Indian journal of veterinary science and animal husbandry - Volume 1,
Year: 1931
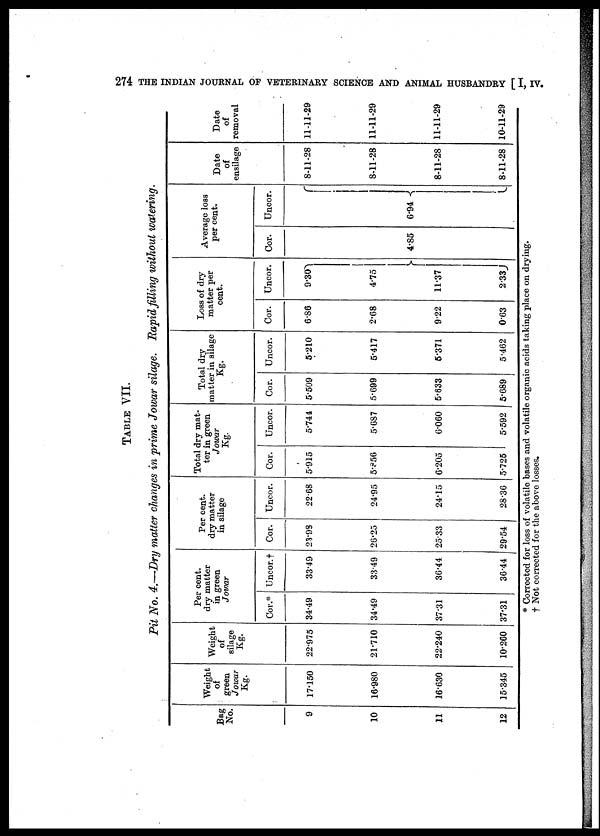
274 THE INDIAN JOURNAL OF VETERINARY SCIENCE AND ANIMAL HUSBANDRY [ I, IV.
TABLE VII.
Pit No. 4.—Dry matter changes in prime Jowar silage. Rapid filling without watering.
Bag
No.
9
10
11
12
Weight
of
green
Jowar
Kg.
17.150
16.980
16.630
15.345
Weight
of
silage
Kg.
22.975
21.710
22.240
10.260
Per cent.
dry matter
in green
Jowar
Cor.*
34.49
34.49
37.31
37.31
Uncor. †
33.49
33.49
36.44
36.44
Per cent.
dry matter
in silage
Cor.
23.98
26.25
25.33
29.54
Uncor.
22.68
24.95
24.15
28.36
Total dry mat-
ter in green
Jowar
Kg.
Cor.
5.915
5.856
6.205
5.725
Uncor.
5.744
5.687
6.060
5.592
Total dry
matter in silage
Kg.
Cor.
5.509
5.699
5.633
5.689
Uncor.
5.210
5.417
5.371
5.462
Loss of dry
matter per
cent.
Cor.
6.86
2.68
9.22
0.63
Uncor.
9.30
4.75 }
11.37
2.33
Average loss
per cent.
Cor.
4.85
Uncor.
6.94 {
Date
of
ensilage
8-11-28
8-11-28
8-11-28
8-11-28
Date
of
removal
11-11-29
11-11-29
11-11-29
10-11-29
* Corrected for loss of volatile bases and volatile organic acids taking place on drying.
† Not corrected for the above losses.